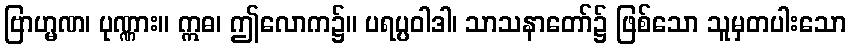
ဗြာဟ္မဏ၊ ပုဏ္ဏား။ ဣဓ၊ ဤလောက၌။ ပရပ္ပဝါဒါ၊ သာသနာတော်၌ ဖြစ်သော သူမှတပါးသော